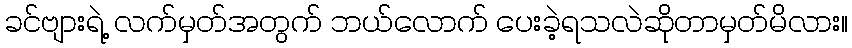
ခင်ဗျားရဲ့ လက်မှတ်အတွက် ဘယ်လောက် ပေးခဲ့ရသလဲဆိုတာမှတ်မိလား။